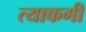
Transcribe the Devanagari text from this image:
त्याकगी